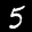
Label: 5